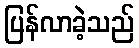
ပြန်လာခဲ့သည်